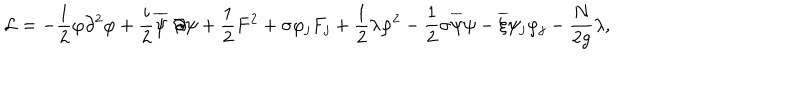
{ \cal L } = - \frac 1 2 \varphi \partial ^ { 2 } \varphi + \frac { i } { 2 } \overline { { \psi } } \not \! \partial \psi + \frac 1 2 F ^ { 2 } + \sigma \varphi _ { j } F _ { j } + \frac 1 2 \lambda \varphi ^ { 2 } - \frac 1 2 \sigma \overline { { \psi } } \psi - \overline { { \xi } } \psi _ { j } \varphi _ { j } - \frac { N } { 2 g } \lambda ,